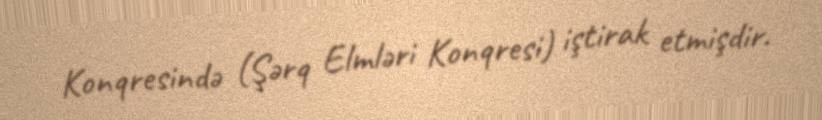
Konqresində (Şərq Elmləri Konqresi) iştirak etmişdir.